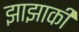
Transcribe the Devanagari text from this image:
झाझाकी